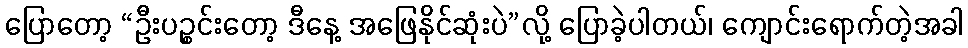
ပြောတော့ “ဦးပဉ္စင်းတော့ ဒီနေ့ အဖြေနိုင်ဆုံးပဲ”လို့ ပြောခဲ့ပါတယ်၊ ကျောင်းရောက်တဲ့အခါ